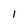
Character: 1